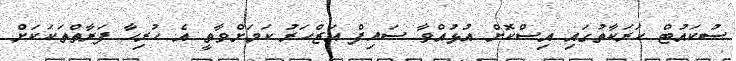
ސުކައުޓް ހަރަކާތުގައި އިސްކޮށް އުޅުއްވާ ސައިފް އަޒްހަރު ކަމަށްވާތީ އެ ހުރިހާ ފަރާތްތަކަކަށް